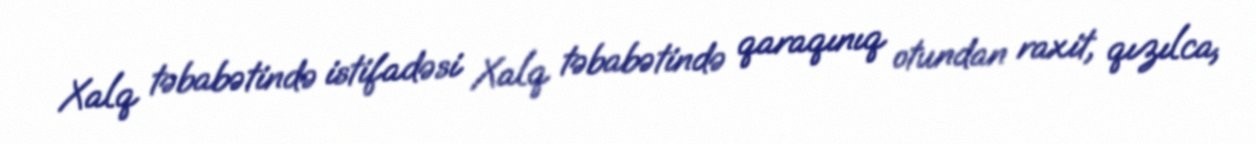
Xalq təbabətində istifadəsi Xalq təbabətində qaraqınıq otundan raxit, qızılca,